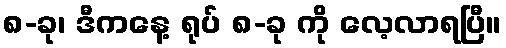
၈-ခု၊ ဒီကနေ့ ရုပ် ၈-ခု ကို လေ့လာရပြီ။